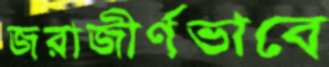
জরাজীর্ণভাবে